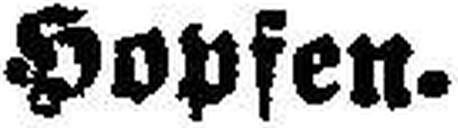
Hopfen.